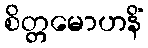
စိတ္တမောဟနိံ